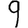
Digit: 9